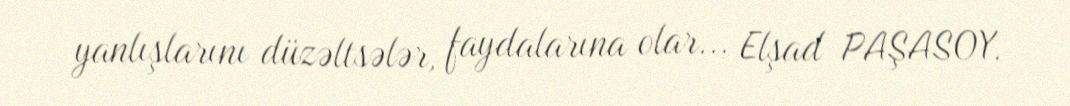
yanlışlarını düzəltsələr, faydalarına olar... Elşad PAŞASOY.